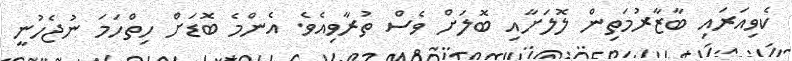
ކެވިއަރައި ބާޒާރުމަތިން ލޮލަށާއި ބޮލަށް ވެސް ތުރާވިއެވެ. އެންމެ ބޮޑަށް ހިތްހަމަ ނުޖެހުނީ